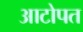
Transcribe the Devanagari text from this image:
आटोपत